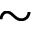
\sim